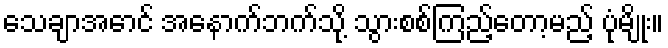
သေချာအောင် အနောက်ဘက်သို့ သွားစစ်ကြည့်တော့မည့် ပုံမျိုး။